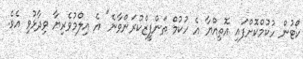
ކޯޓުން ހުކުމްކޮށްފައި އޮތިއްޔާ އެ ހުކުމް ތަންފީޒްކުރަންވާނެ" އެ އިލްމުވެރިޔާ ވިދާޅުވި އެވެ.